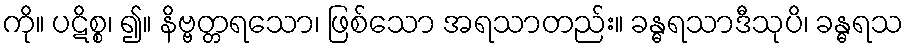
ကို။ ပဋိစ္စ၊ ၍။ နိဗ္ဗတ္တရသော၊ ဖြစ်သော အရသာတည်း။ ခန္ဓရသာဒီသုပိ၊ ခန္ဓရသ